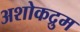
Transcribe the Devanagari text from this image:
अशोकद्रुम